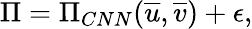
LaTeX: \Pi=\Pi_{CNN}(\overline{{u}},\overline{{v}})+\epsilon,